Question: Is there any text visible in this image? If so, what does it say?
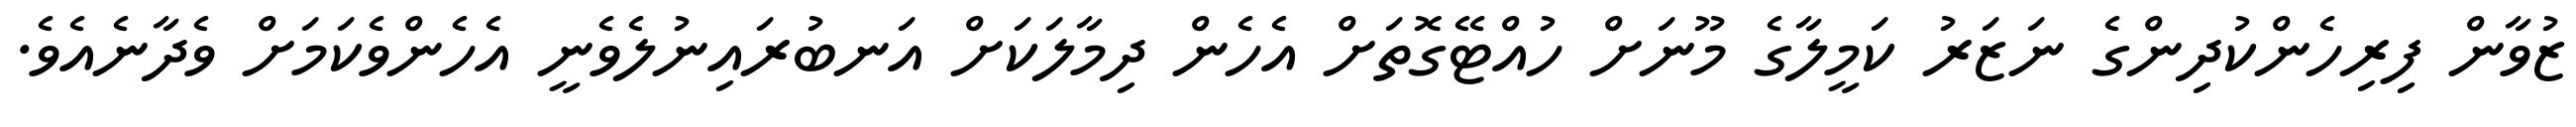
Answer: ޒުވާން ފިރިހެންކުދިންގެ ނަޒަރު ކަމީލާގެ މޫނަށް ހުއްޓޭގޮތަށް އެހެން ދިމާލަކަށް އަނބުރައިނުލެވެނީ އެހެންވެކަމަށް ވެދާނެއެވެ.